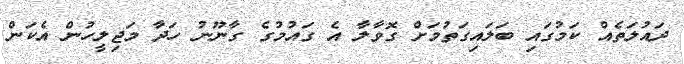
ދައުލަތެއް ކަމުގައި ބަލައިގަތުމަށް ގޮވާލާ އެ ގައުމުގެ ގާނޫނު ހަދާ މަޖިލީހުން އެކަން